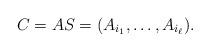
LaTeX: \begin{align*}C=AS=(A_{i_1}, \ldots, A_{i_\ell}).\end{align*}